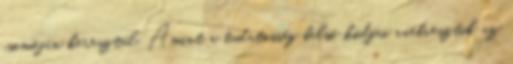
csomóján keresztül. Amint a tudatosság belső kódjai ráébresztik az